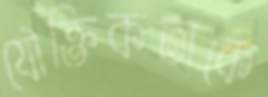
যৌক্তিকতাকে